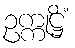
ဥက္ကုဋ္ဌိံ